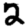
Digit: 2